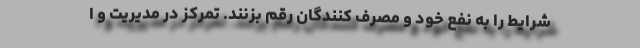
شرایط را به نفع خود و مصرف کنندگان رقم بزنند. تمرکز در مدیریت و ا